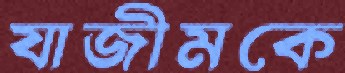
যাজীমকে